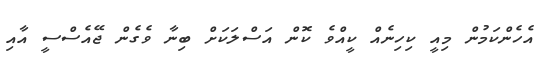
އެހެންކަމުން މިއީ ކިހިނެއް ކީއްވެ ކޮން އަސްލަކަށް ބިނާ ވެގެން ޖޭއެސްސީ އާއި